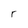
Character: r